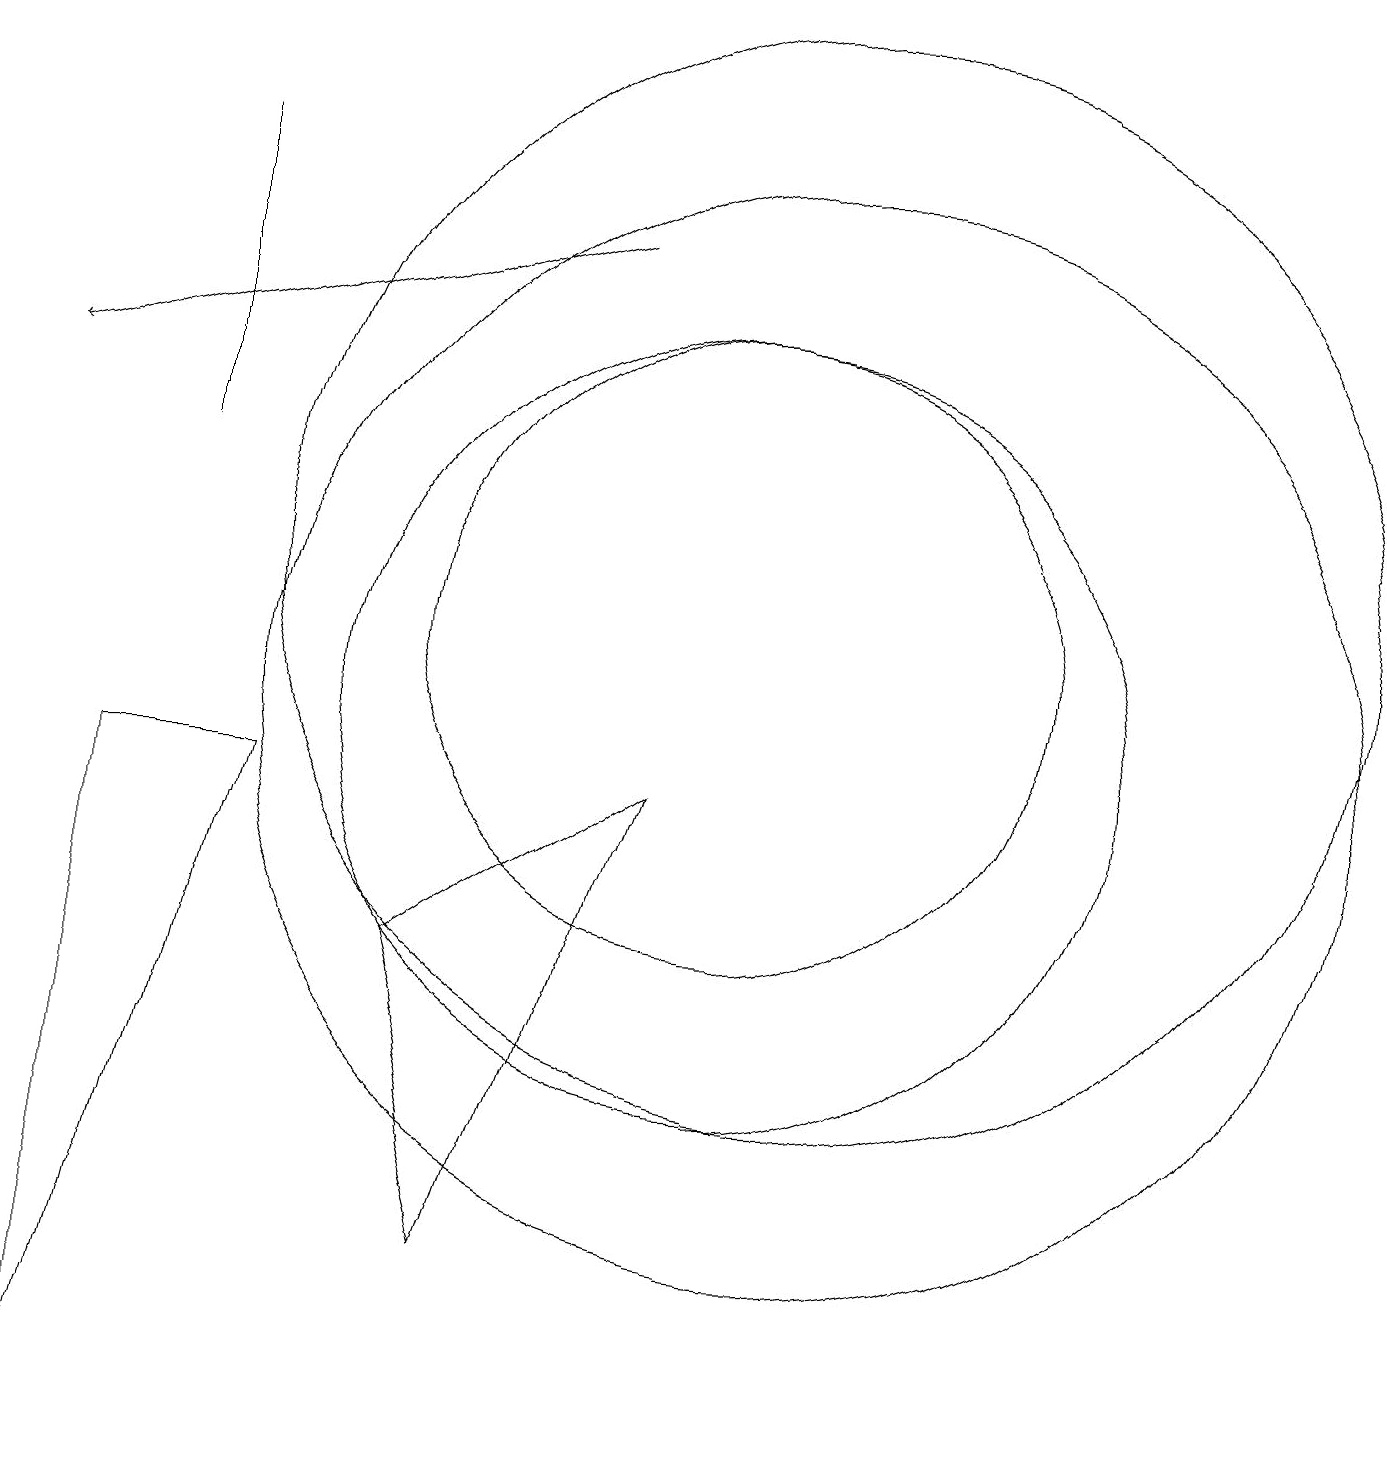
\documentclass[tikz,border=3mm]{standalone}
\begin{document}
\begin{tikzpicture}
\draw[->] (8,16) -- (1,14);
\draw (3,17) rectangle (3,13);
\draw (4,9) -- (2,1) -- (2,9) -- cycle;
\draw (11,12) circle (7);
\draw (6,7) -- (7,3) -- (9,9) -- cycle;
\draw (10,10) circle (5);
\draw (11,10) circle (7);
\draw (10,11) circle (4);
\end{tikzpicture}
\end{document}